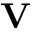
\mathbf { V }